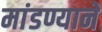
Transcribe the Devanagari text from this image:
मांडण्याने